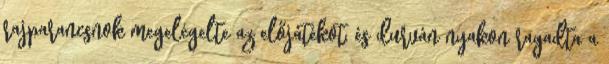
rajparancsnok megelégelte az előjátékot, és durván nyakon ragadta a